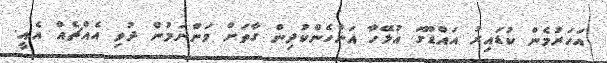
އަހަރުމެން ކުޑައިރު އައްޑޫގަ އުޅޭހާ އަންހެންކުދިން ގާތަށް ވަންނަމުން ދުވި އެއްޗެއް އެއީ.